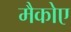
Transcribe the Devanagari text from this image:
मैकोए